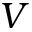
V